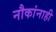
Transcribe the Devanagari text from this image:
नौकांनाही